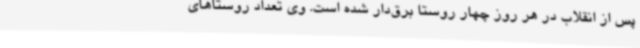
پس از انقلاب در هر روز چهار روستا برق‌دار شده است. وی تعداد روستاهای